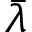
\bar { \lambda }